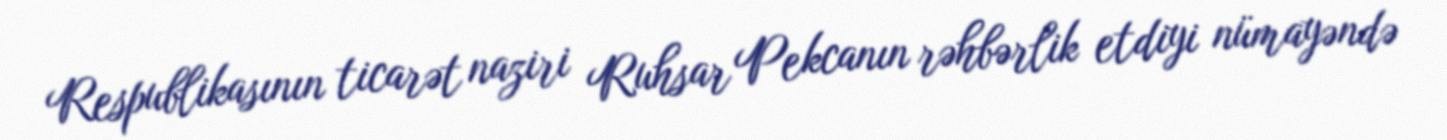
Respublikasının ticarət naziri Ruhsar Pekcanın rəhbərlik etdiyi nümayəndə